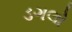
ડગલો